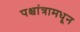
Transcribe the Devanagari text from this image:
पश्चांत्रामधून